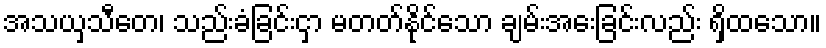
အသယှသီတေ၊ သည်းခံခြင်းငှာ မတတ်နိုင်သော ချမ်းအေးခြင်းလည်း ရှိထသော။